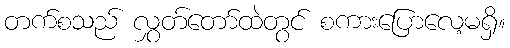
တက်စသည် လွှတ်တော်ထဲတွင် စကားပြောလေ့မရှိ။